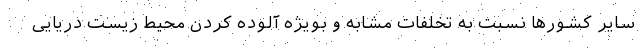
سایر کشورها نسبت به تخلفات مشابه و بویژه آلوده کردن محیط زیست دریایی